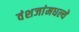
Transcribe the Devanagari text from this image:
वंशजांमधल्ये